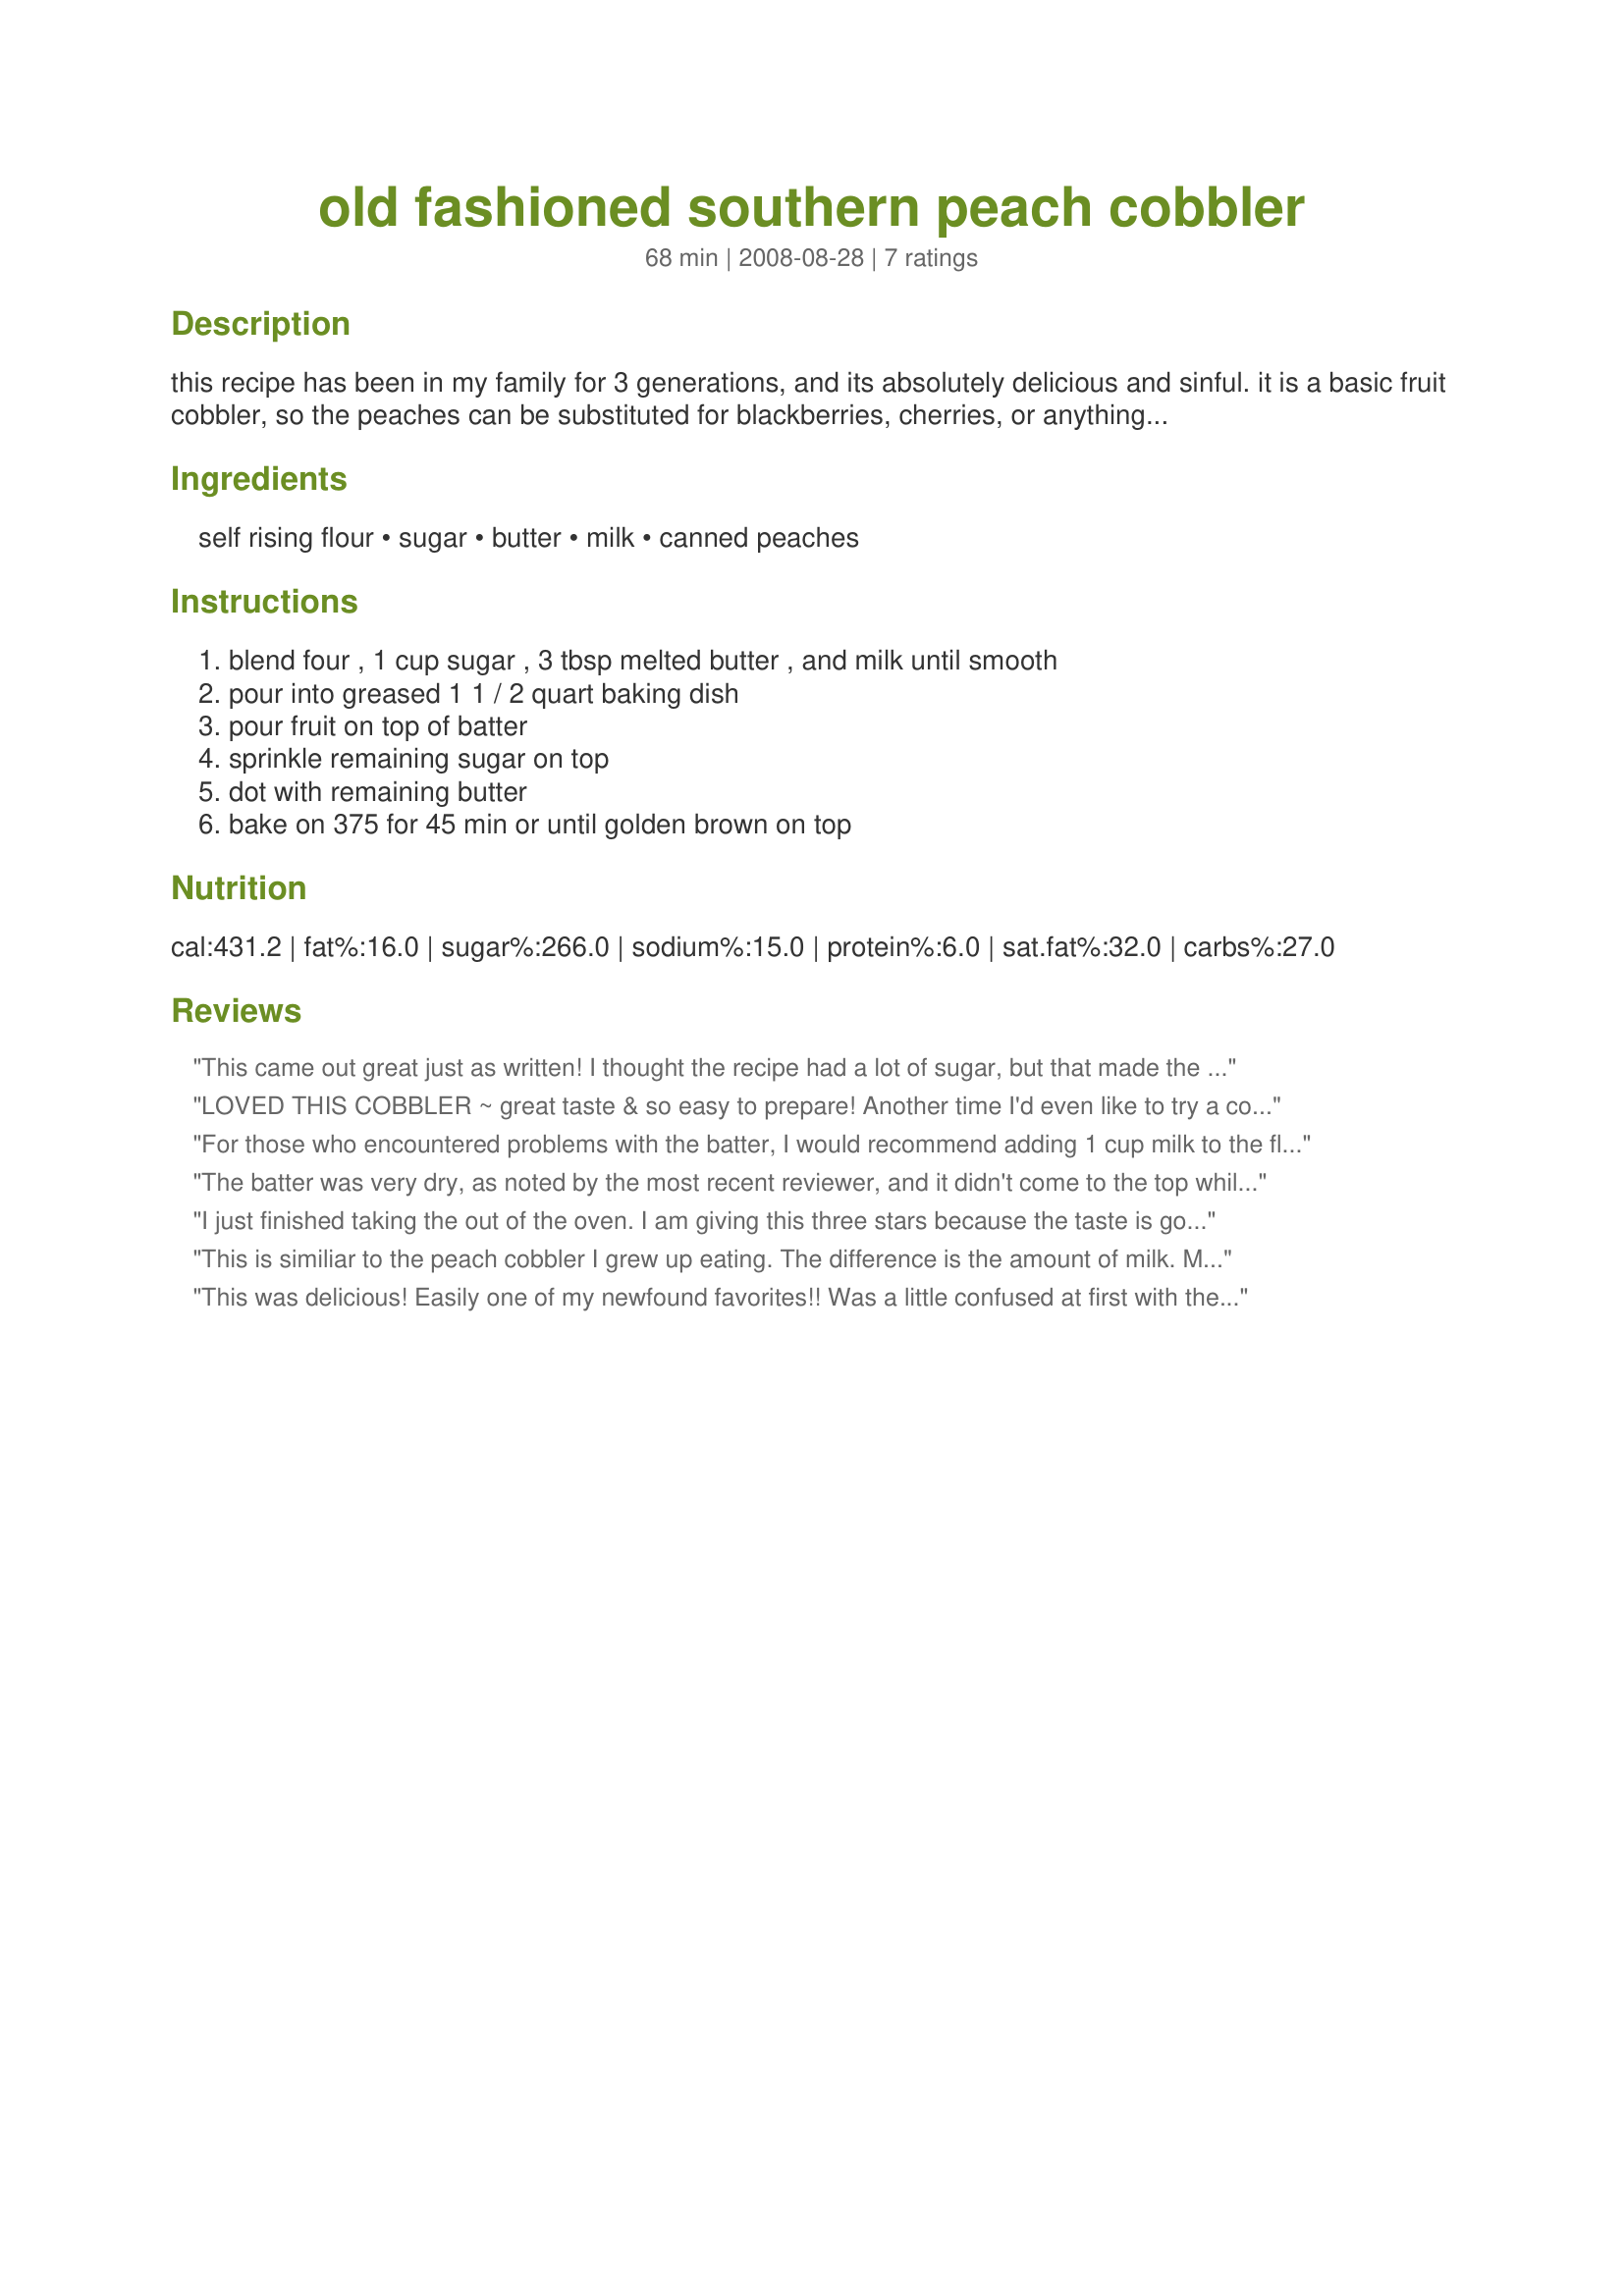
old fashioned southern peach cobbler
Preparation time: 68 minutes

this recipe has been in my family for 3 generations, and its absolutely delicious and sinful. it is a basic fruit cobbler, so the peaches can be substituted for blackberries, cherries, or anything else.

(i forgot to include the 1/2 cup milk in my original post, thanks to the reviewers who spotted the mistake!)

Ingredients:
self rising flour, sugar, butter, milk, canned peaches

Steps:
blend four , 1 cup sugar , 3 tbsp melted butter , and milk until smooth, pour into greased 1 1 / 2 quart baking dish, pour fruit on top of batter, sprinkle remaining sugar on top, dot with remaining butter, bake on 375 for 45 min or until golden brown on top

Reviews:
This came out great just as written! I thought the recipe had a lot of sugar, but that made the syrup from the fruit nice and chewy, like candy. I used canned cherries and was uncertain how much of the syrup to use. I used individual ramekins and spooned the cherries evenly over the batter. Then I spooned the syrup over until the batter was pretty much covered. I probably only used about half the syrup in the can. I think peaches and other fruits normally have far less syrup in their cans if I recall. Well anyway, my cobblers were not at all dry and they were great. Just wish comfort food wasn&#039;t so unhealthy!
LOVED THIS COBBLER ~ great taste & so easy to prepare! Another time I'd even like to try a combo of peaches & blackberries, or . . . Thanks for posting a KEEPER recipe! [Tagged, made & reviewed for one of my adoptees in the current Pick-A-Chef]
For those who encountered problems with the batter, I would recommend adding 1 cup milk to the flour and sugar in this recipe. I have a very similar one and it is GREAT!! I use fresh or frozen sliced peaches and add coconut a/o pecans or try blueberries for a variety.
I melt a stick of butter in a 13x9 inch baking dish.
The batter was very dry, as noted by the most recent reviewer, and it didn't come to the top while cooking, so that all I had was bubbling fruit with the flour/sugar/butter mixture on the bottom. I've made other cobblers in which the topping rose to the surface while cooking, but in this case there was nothing to bake golden brown! I'm not sure what I did wrong.
I just finished taking the out of the oven. I am giving this three stars because the taste is good but the batter thing didn't happen. I was wondering if it is missing an egg. We will still eat it as the taste is delicious but it didn't turn out like I expected.
This is similiar to the peach cobbler I grew up eating. The difference is the amount of milk. My mom's recipe called for a cup of milk. This is what I call real peach cobbler, the stuff they serve in restuarants around my neck of the woods looks like peach pie. This is so much better than the peach pie versions especially served hot.
This was delicious! Easily one of my newfound favorites!! Was a little confused at first with the use of the word,"batter" in the recipe (step one)as it is not at all like a batter but like more like a dry mixture. It came out perfect!!
